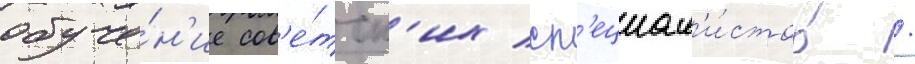
обуче́н'ие сов'е́тск'их сп'ециал'и́стов /